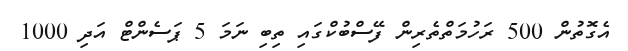
އެގޮތުން 500 ރަހުމަތްތެރިން ފޭސްބުކްގައި ތިބި ނަމަ 5 ޕަސެންޓް އަދި 1000